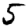
Digit: 5